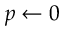
p \gets 0